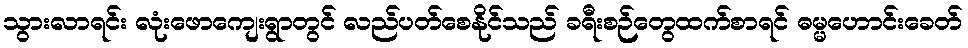
သွားလာရင်း လုံးဖောကျေးရွာတွင် လည်ပတ်စေနိုင်သည် ခရီးစဉ်တွေထက်စာရင် ဓမ္မဟောင်းခေတ်